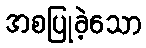
အစပြုခဲ့သော